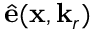
\hat { \mathbf { e } } ( \mathbf { x } , \mathbf { k } _ { r } )